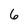
Character: 6